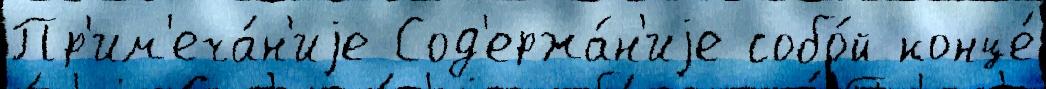
Пр'им'еча́н'иjе Сод'ержа́н'иjе собо́й конце́